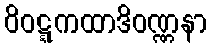
ဝိဝဋ္ဋကထာဒိဝဏ္ဏနာ